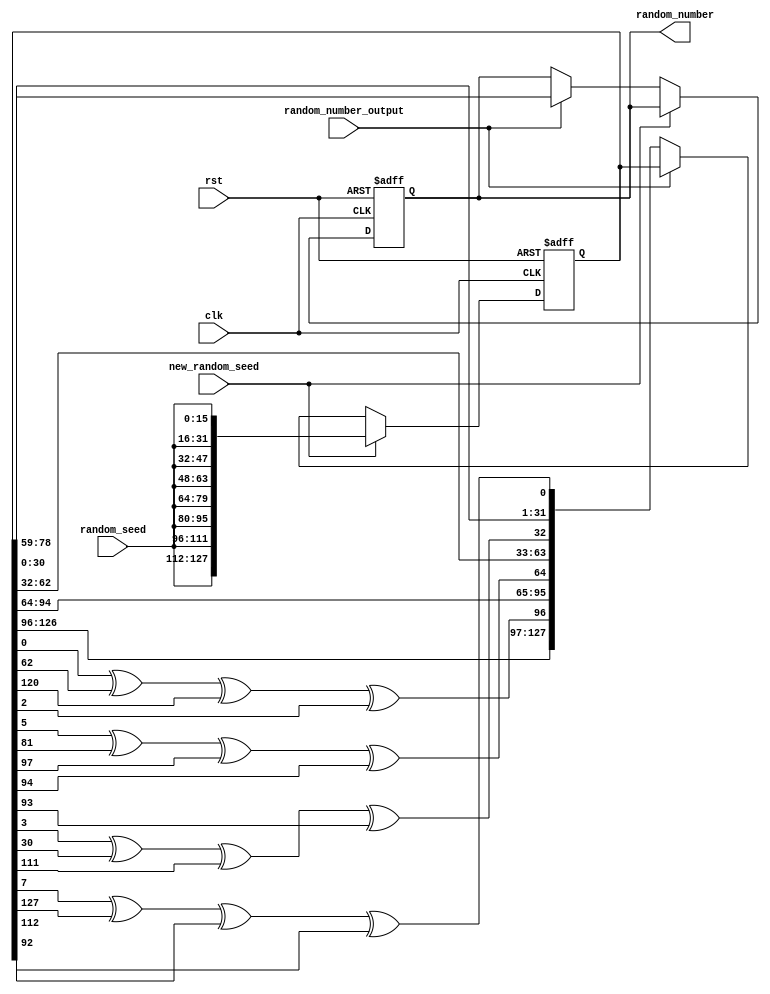
module random_number_generator(
	input clk,
	input rst,
	input [15:0]random_seed,
	input new_random_seed,
	input random_number_output,
	output reg [19:0]random_number
);

//=======================================================
//  PORT declarations
//=======================================================
reg [127:0]lfsr; // this is a linear feedback shift register

//=======================================================
//  Design
//=======================================================

always @(posedge clk or negedge rst)
begin
	if (rst == 1'b0)
	begin
		random_number <= 20'd0;
		lfsr <= 128'd42;
	end
	else
	begin
		if (new_random_seed == 1'b1)
		begin
			/* initialize every 8 bits with the random seed */
			lfsr <= {
						random_seed,
						random_seed,
						random_seed,
						random_seed,
						random_seed,
						random_seed,
						random_seed,
						random_seed};
						
		end
		else
		begin
			/* when to output a value */
			if (random_number_output == 1'b1)
				random_number = lfsr[78:59]; // picked an arbitrary sequence from the lfsr
			else
				/* constantly be shifting the lfsr */
				lfsr <= {lfsr[126:96], lfsr[0] ^ lfsr[62] ^ lfsr [120] ^ lfsr[2],  // 32 bits
						 lfsr[94:64], lfsr[5] ^ lfsr[81] ^ lfsr [97] ^ lfsr[94], // 32 bits
						 lfsr[62:32], lfsr[3] ^ lfsr[30] ^ lfsr [111] ^ lfsr[93],  // 32 bits
						 lfsr[30:0], lfsr[7] ^ lfsr[127] ^ lfsr [112] ^ lfsr[92]}; // 32 bits
		end
	end
end

endmodule